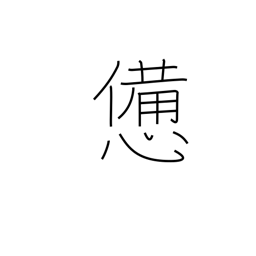
Meaning: fatigue